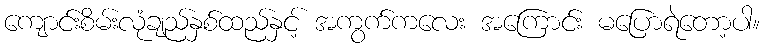
ကျောင်းစိမ်းလုံချည်နှစ်ထည်နှင့် အကွက်ကလေး အကြောင်း မပြောရဲတော့ပါ။